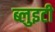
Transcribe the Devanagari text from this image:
ब्लुइटी